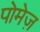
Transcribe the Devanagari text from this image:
पोमेज़